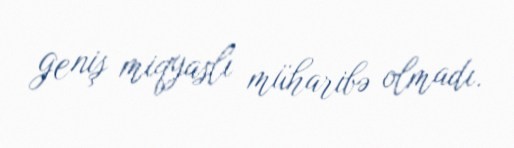
geniş miqyaslı müharibə olmadı.